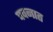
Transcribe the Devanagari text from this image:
पचनात